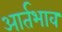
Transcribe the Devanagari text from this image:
आर्तभाव